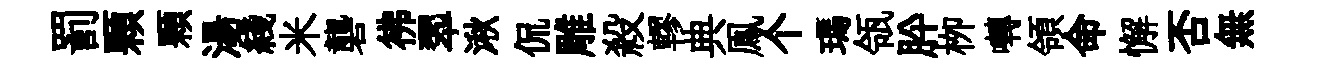
罰顆顆湯綫米礱彿翆湫侃雕殺轇典鳯个瑪瓴肸栁囀領命懈否無